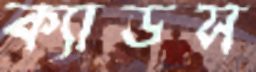
ক্যাডস